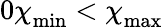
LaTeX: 0\le{\chi\smash[t]{\mathstrut}}_{\mathrm{min}}<{\chi\smash[t]{\mathstrut}}_{\mathrm{max}}